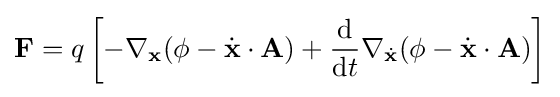
\mathbf {F} =q\left[-\nabla _{\mathbf {x} }(\phi -{\dot {\mathbf {x} }}\cdot \mathbf {A} )+{\frac {\mathrm {d} }{\mathrm {d} t}}\nabla _{\dot {\mathbf {x} }}(\phi -{\dot {\mathbf {x} }}\cdot \mathbf {A} )\right]